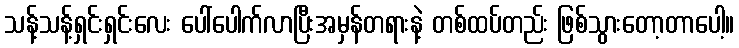
သန့်သန့်ရှင်းရှင်းလေး ပေါ်ပေါက်လာပြီးအမှန်တရားနဲ့ တစ်ထပ်တည်း ဖြစ်သွားတော့တာပေါ့။